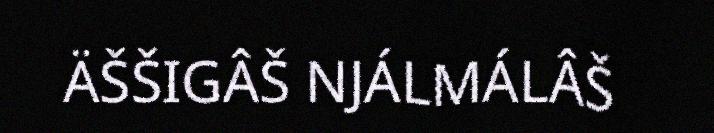
ÄŠŠIGÂŠ NJÁLMÁLÂŠ